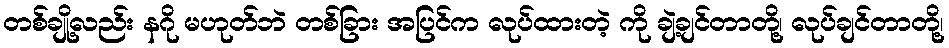
တစ်ချို့လည်း နဂို မဟုတ်ဘဲ တစ်ခြား အပြင်က လုပ်ထားတဲ့ ကို ချဲ့ချင်တာတို့၊ လုပ်ချင်တာတို့၊